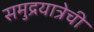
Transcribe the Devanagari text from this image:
समुद्रयात्रेची